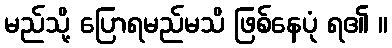
မည်သို့ ပြောရမည်မသိ ဖြစ်နေပုံ ရ၏ ။